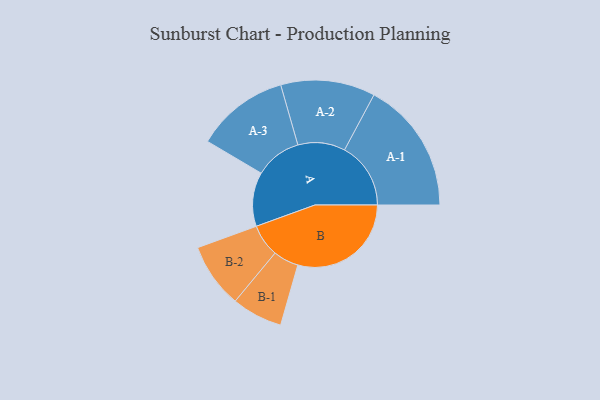
{"axis": {"x": "Segment", "y": "Value"}, "legend": ["", "A", "B"], "data": [{"x": "A", "y": 228, "type": ""}, {"x": "B", "y": 478, "type": ""}, {"x": "A-1", "y": 279, "type": "A"}, {"x": "A-2", "y": 199, "type": "A"}, {"x": "A-3", "y": 196, "type": "A"}, {"x": "B-1", "y": 107, "type": "B"}, {"x": "B-2", "y": 137, "type": "B"}]}